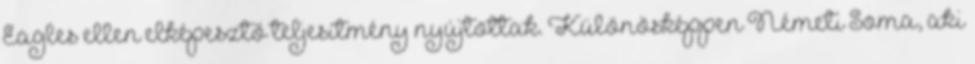
Eagles ellen elképesztő teljesítmény nyújtottak. Különösképpen Németi Soma, aki